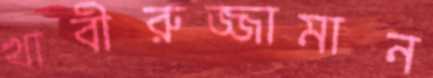
খাবীরুজ্জামান